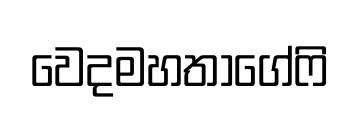
වෙදමහතාගේෆි